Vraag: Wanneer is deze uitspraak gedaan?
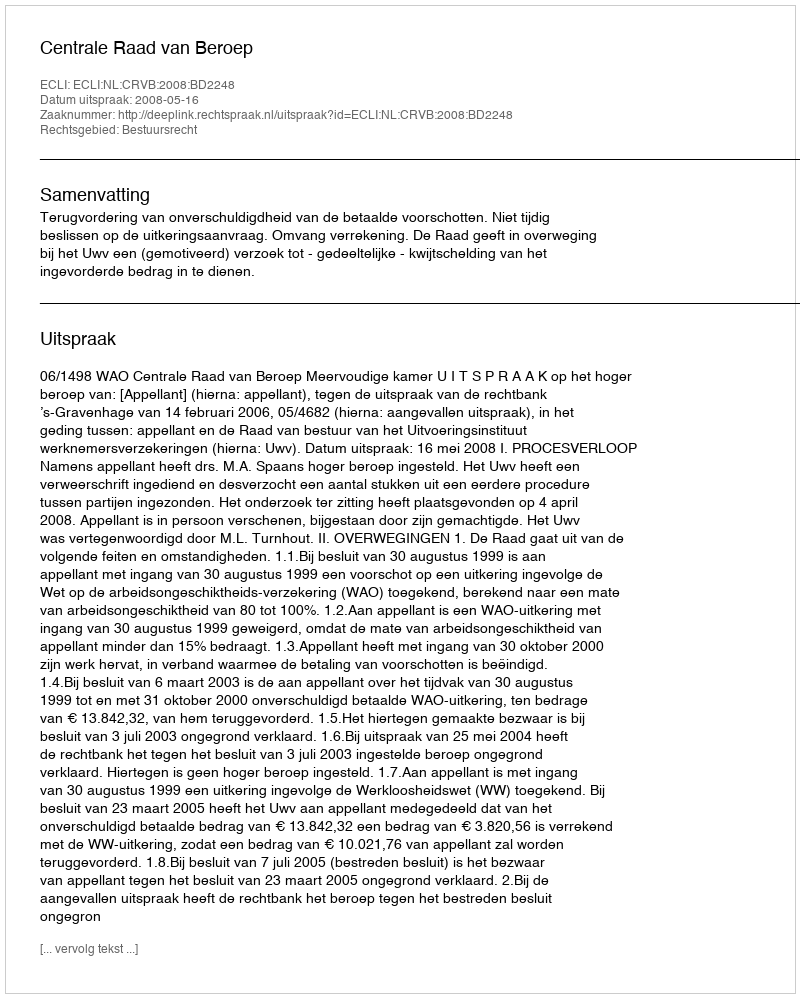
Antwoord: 2008-05-16